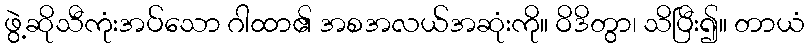
ဖွဲ့ဆိုသီကုံးအပ်သော ဂါထာ၏ အစအလယ်အဆုံးကို။ ဝိဒိတွာ၊ သိပြီး၍။ တာယံ